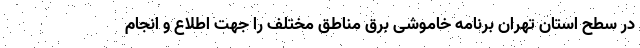
در سطح استان تهران برنامه خاموشی برق مناطق مختلف را جهت اطلاع و انجام